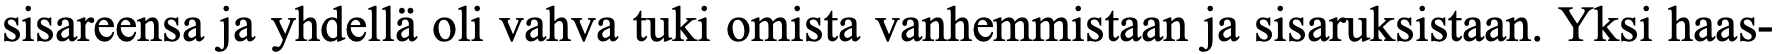
sisareensa ja yhdellä oli vahva tuki omista vanhemmistaan ja sisaruksistaan. Yksi haas-